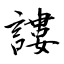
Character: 謱